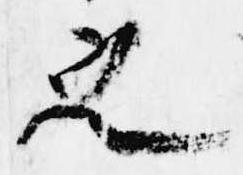
之